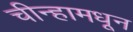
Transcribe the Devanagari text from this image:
चीन्हामधून